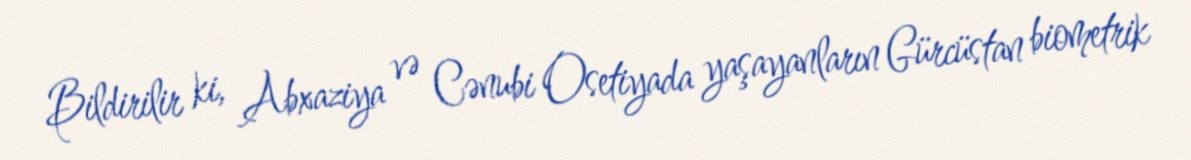
Bildirilir ki, Abxaziya və Cənubi Osetiyada yaşayanların Gürcüstan biometrik